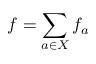
f = \sum _ { a \in X } f _ { a }